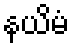
နယိမံ